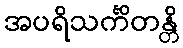
အပရိသင်္ကိတန္တိ